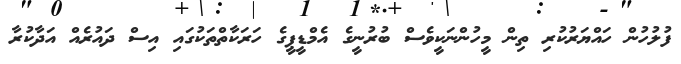
ފުލުހުން ހައްޔަރުކުރި ތިން މީހުންނަކީވެސް ބުރުނީގެ އެމްޑީޕީގެ ހަރަކާތްތަކުގައި އިސް ދައުރެއް އަދާކުރާ